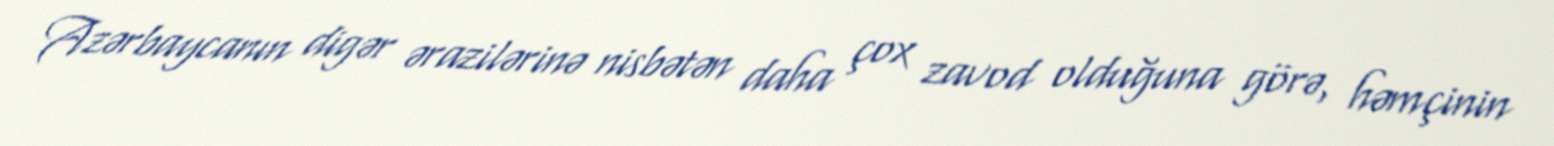
Azərbaycanın digər ərazilərinə nisbətən daha çox zavod olduğuna görə, həmçinin